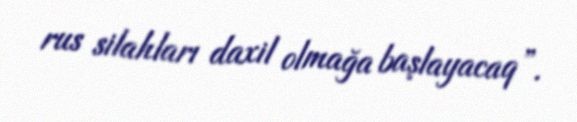
rus silahları daxil olmağa başlayacaq”.